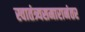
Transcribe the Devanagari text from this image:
स्वातंत्र्यसमारानंतर